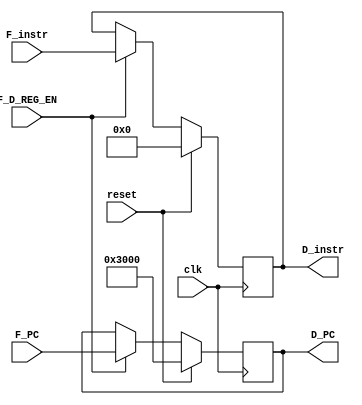
`timescale 1ns / 1ps
//////////////////////////////////////////////////////////////////////////////////
// Company: 
// Engineer: 
// 
// Design Name: 
// Module Name:    F_D_REG 
// Project Name: 
// Target Devices: 
// Tool versions: 
// Description: 
//
// Dependencies: 
//
// Revision: 
// Revision 0.01 - File Created
// Additional Comments: 
//
//////////////////////////////////////////////////////////////////////////////////
module F_D_REG(
    input clk,
    input reset,
    input F_D_REG_EN,
    input [31:0] F_PC,
    input [31:0] F_instr,
    output reg [31:0] D_PC,
    output reg [31:0] D_instr
    );
	 
	 always @(posedge clk) begin
	      if (reset == 1'b1) begin   // 
			    D_PC <= 32'h00003000;
				 D_instr <= 32'd0;
			end else begin
			    if (F_D_REG_EN == 1'b1) begin
				     D_PC <= F_PC;
					  D_instr <= F_instr;
				 end else begin     // 
				     D_PC <= D_PC;
					  D_instr <= D_instr;
				 end
			end
	 end


endmodule